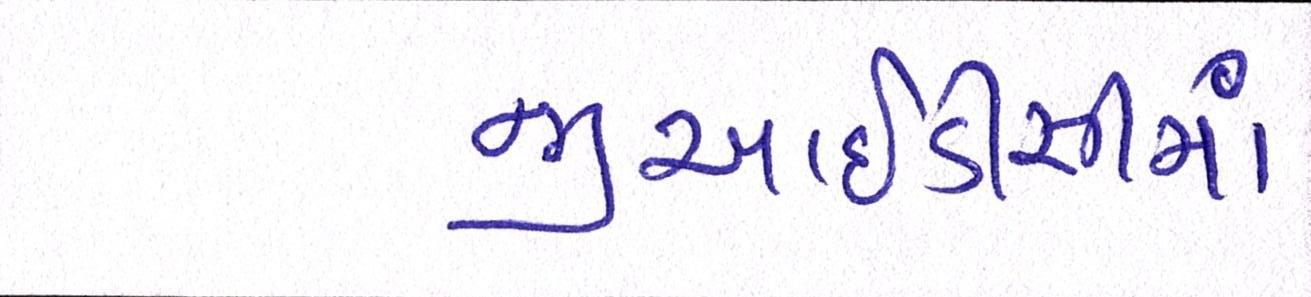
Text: જીઆઇડીસીમાં